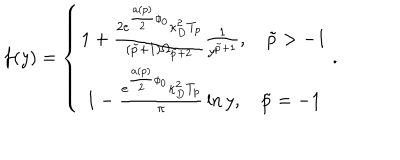
f ( y ) = \left\{ \begin{matrix} { { 1 + { \frac { 2 e ^ { { \frac { a ( p ) } { 2 } } \phi _ { 0 } } \kappa _ { D } ^ { 2 } T _ { p } } { ( \tilde { p } + 1 ) \Omega _ { \tilde { p } + 2 } } } { \frac { 1 } { y ^ { \tilde { p } + 1 } } } , \tilde { p } > - 1 } } \\ { { 1 - { \frac { e ^ { { \frac { a ( p ) } { 2 } } \phi _ { 0 } } \kappa _ { D } ^ { 2 } T _ { p } } { \pi } } \ln y , \tilde { p } = - 1 } } \\ \end{matrix} \right. .